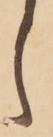
し